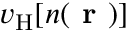
v _ { \mathrm { H } } [ n ( \textbf { r } ) ]